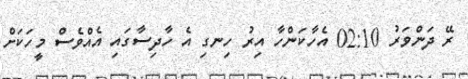
ރޭ ދަންވަރު 02:10 އެހާކަންހާ އިރު ހިނގި އެ ހާދިސާގައި އެއްވެސް މީހަކަށް